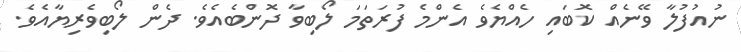
ނުއުފުލާ ވޭނެއް ކޮބައި ހެއްޔެވެ އެންމެ ފުރަތަމަ ލޯބިވާ ދޮންބެއެވެ. ދެން ލޯބިވެރިޔާއެވެ.